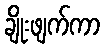
ချိုးဖျက်ကာ